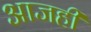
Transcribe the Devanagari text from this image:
अाजही